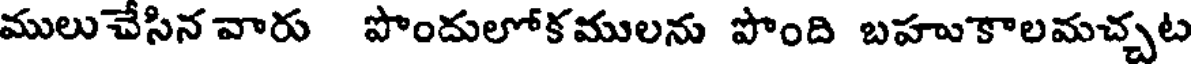
ములుచేసిన వారు పొందులోకములను పొంది బహుకాలమచ్చట